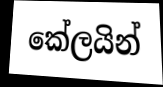
කේලයින්